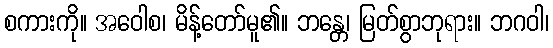
စကားကို။ အဝေါစ၊ မိန့်တော်မူ၏။ ဘန္တေ၊ မြတ်စွာဘုရား။ ဘဂဝါ၊